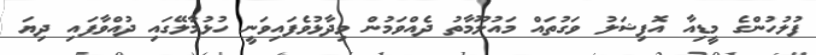
ފުލުހުންގެ މީޑިއާ އޮފިޝަލު ވަގުތައް މައުލޫމާތު ދެއްވަމުން ވިދާޅުވެފައިވަނީ ހުޅުމާލޭގައި ދުއްވާފައި ދިޔަ